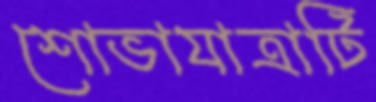
শোভাযাত্রাটি